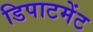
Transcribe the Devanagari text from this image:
डिपाटमेंट